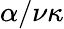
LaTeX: \alpha/\nu\kappa